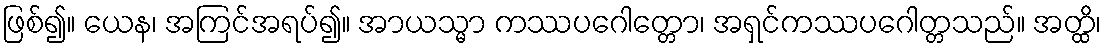
ဖြစ်၍။ ယေန၊ အကြင်အရပ်၍။ အာယသ္မာ ကဿပဂေါတ္တော၊ အရှင်ကဿပဂေါတ္တသည်။ အတ္ထိ၊